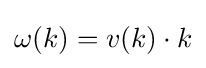
\omega (k)=v(k)\cdot k